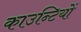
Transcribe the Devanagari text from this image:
काउन्टियों